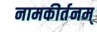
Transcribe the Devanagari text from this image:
नामकीर्तनम्